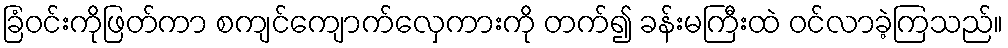
ခြံဝင်းကိုဖြတ်ကာ စကျင်ကျောက်လှေကားကို တက်၍ ခန်းမကြီးထဲ ဝင်လာခဲ့ကြသည်။